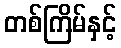
တစ်ကြိမ်နှင့်